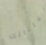
بياناتك